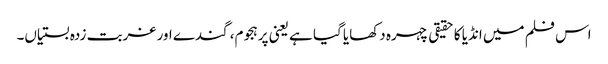
اس فلم میں انڈیا کا حقیقی چہرہ دکھایا گیا ہے یعنی پرہجوم، گندے اور غربت زدہ بستیاں۔